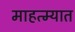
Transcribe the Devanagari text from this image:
माहत्म्यात